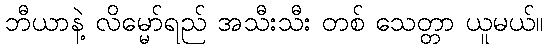
ဘီယာနဲ့ လိမ္မော်ရည် အသီးသီး တစ် သေတ္တာ ယူမယ်။